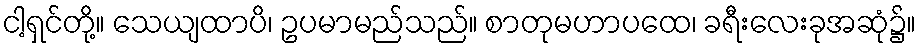
ငါ့ရှင်တို့။ သေယျထာပိ၊ ဥပမာမည်သည်။ စာတုမဟာပထေ၊ ခရီးလေးခုအဆုံ၌။